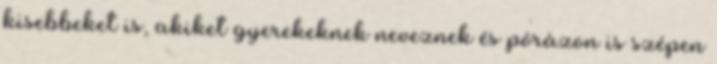
kisebbeket is, akiket gyerekeknek neveznek és pórázon is szépen